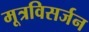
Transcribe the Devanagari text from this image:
मूत्रविसर्जन